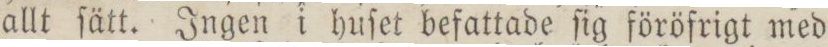
allt ſätt. Ingen i huſet befattade ſig föröfrigt med